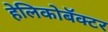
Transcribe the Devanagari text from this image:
हेलिकोबॅक्टर